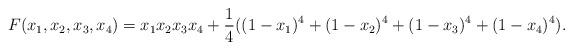
LaTeX: \begin{align*}F(x_1,x_2,x_3,x_4)=x_1 x_2 x_3 x_4+\frac 14 ((1-x_1)^4+(1-x_2)^4+(1-x_3)^4+(1-x_4)^4).\end{align*}